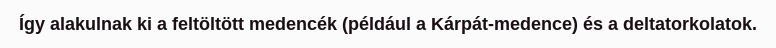
Így alakulnak ki a feltöltött medencék (például a Kárpát-medence) és a deltatorkolatok.